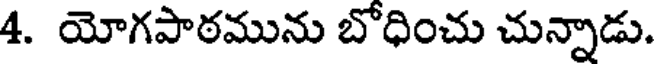
4. యోగపాఠమును బోధించు చున్నాడు.